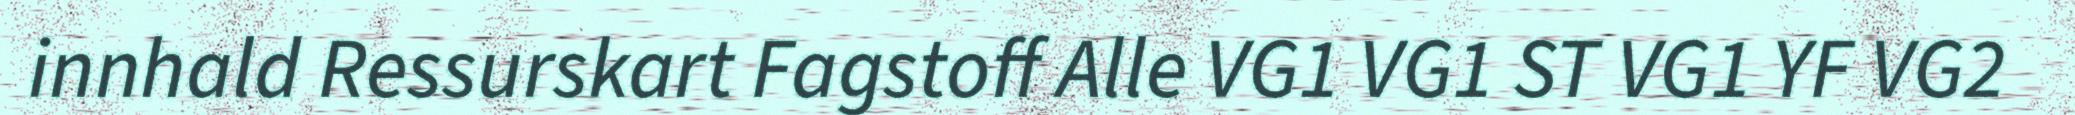
innhald Ressurskart Fagstoff Alle VG1 VG1 ST VG1 YF VG2